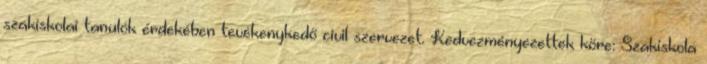
szakiskolai tanulók érdekében tevékenykedő civil szervezet. Kedvezményezettek köre: Szakiskola